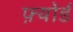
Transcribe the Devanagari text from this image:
फ़्योर्ड